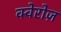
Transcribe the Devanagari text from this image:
क्वेरोज़